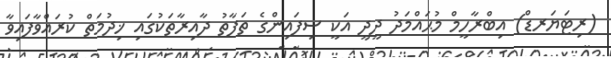
(ރިޓަޔަރޑް) އިބްރާހީމް މުޙައްމަދު ދީދީ އަކީ ސިފައިންގެ ތަފާތު ދާއިރާތަކުގައި ޚިދުމަތް ކުރައްވާފައިވާ